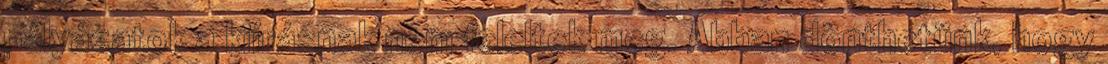
pályázatok a kiírásnak nem feleltek meg. Abban dönthetünk, hogy